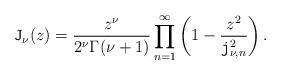
LaTeX: \begin{align*}\mathtt{J}_{\nu}(z)=\frac{z^\nu}{2^{\nu}\Gamma(\nu+1)} \prod_{n=1}^\infty \left(1-\frac{z^2}{\mathtt{j}^2_{\nu, n}}\right).\end{align*}